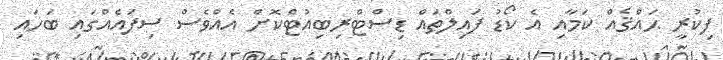
ފިކުރީ ޙައްޤެއް ކަމާއި އެ ކޯޑު ފައިލްތައް ޑިސްޓްރިބިއުޓްކޮށް އެއްވެސް ސިފައެއްގައި ބަހައި